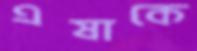
এষাকে